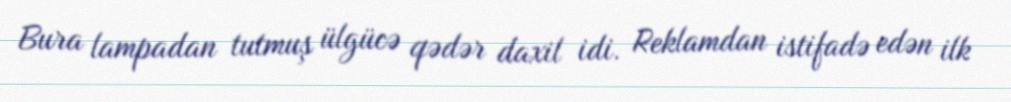
Bura lampadan tutmuş ülgücə qədər daxil idi. Reklamdan istifadə edən ilk